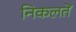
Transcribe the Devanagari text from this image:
निकलतें